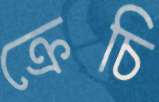
ক্রেচি